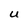
Character: U